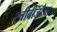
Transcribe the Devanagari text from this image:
स्त्रीबीजांचा